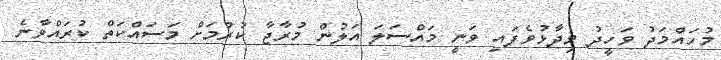
މުހައްމަދު ވަހީދު ވިދާޅުވެފައި ވަނީ މައްސަލަ އަލުން މުރާޖާ ކުރުމަށް މަސައްކަތް ކުރައްވާނެ